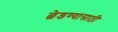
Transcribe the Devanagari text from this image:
छेडण्यासाठी